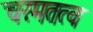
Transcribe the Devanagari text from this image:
चरमतत्व